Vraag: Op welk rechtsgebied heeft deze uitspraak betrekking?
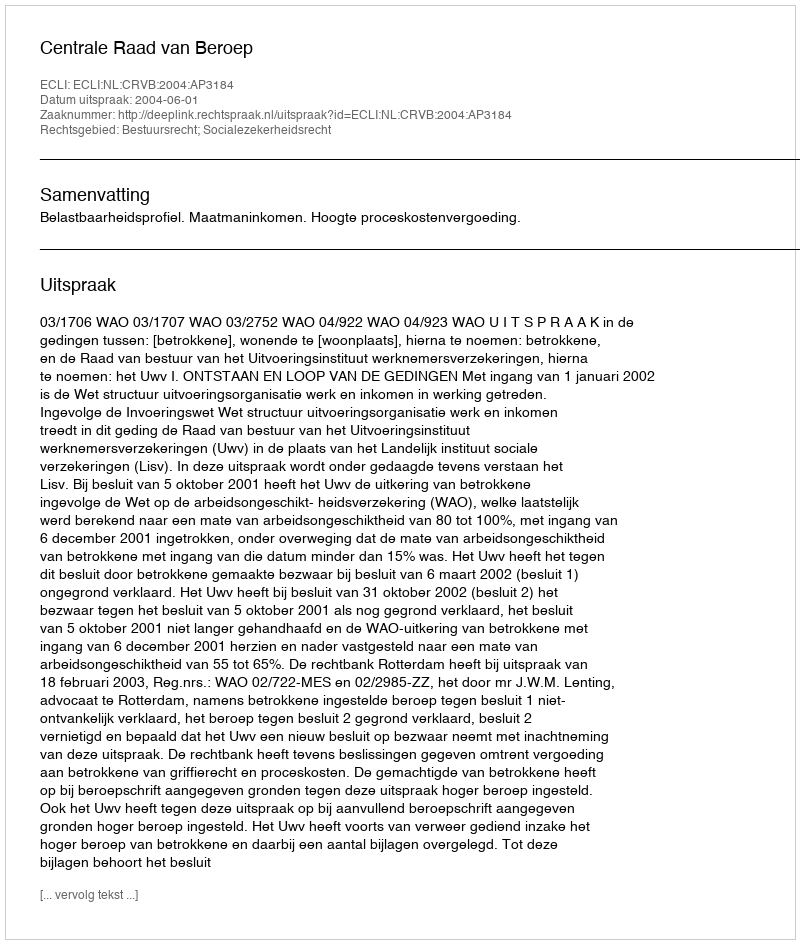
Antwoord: Bestuursrecht; Socialezekerheidsrecht